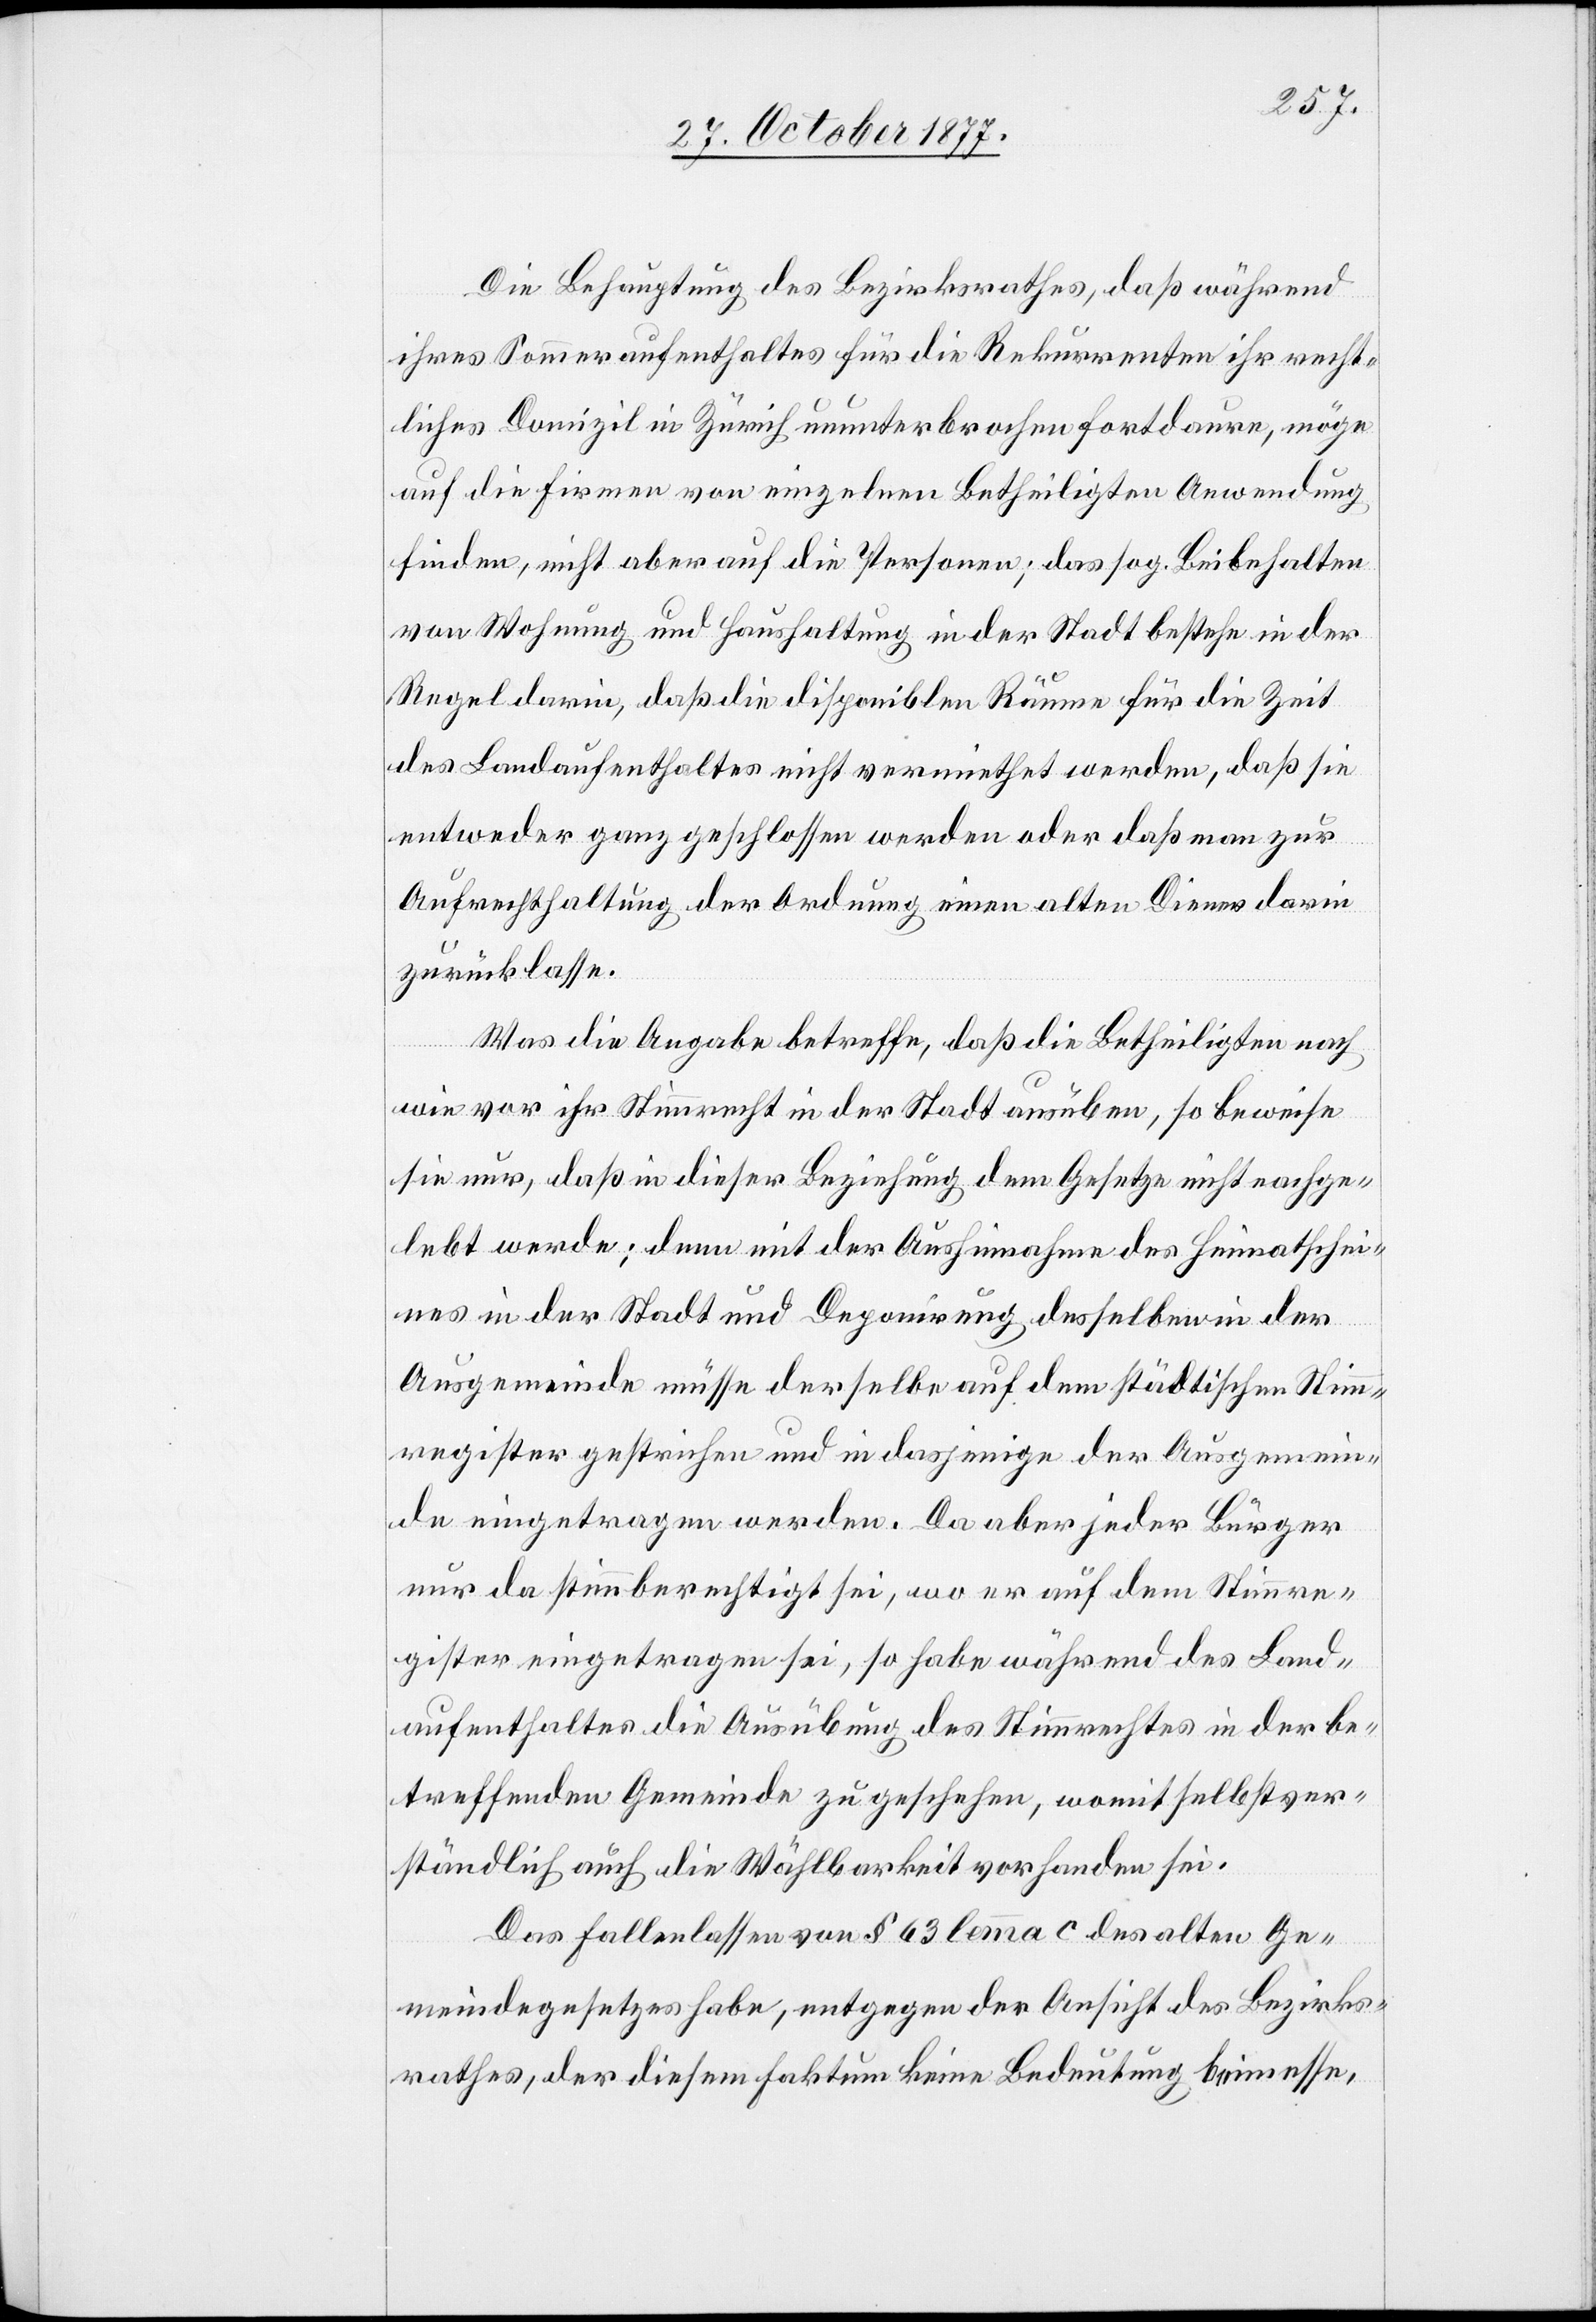
Die Behauptung des Bezirksrathes, daß während
ihres Sommeraufenthaltes für die Rekurrenten ihr recht¬
liches Domizil in Zürich ununterbrochen fortdaure, möge
auf die Firmen von einzelnen Betheiligten Anwendung
finden, nicht aber auf die Personen; das sog. Beibehalten
von Wohnung und Haushaltung in der Stadt bestehe in der
Regel darin, daß die disponiblen Räume für die Zeit
des Landaufenthaltes nicht vermiethet werden, daß sie
entweder ganz geschlossen werden oder daß man zur
Aufrechthaltung der Ordnung einen alten Diener darin
zurücklasse.
Was die Angabe betreffe, daß die Betheiligten nach
wie vor ihr Stimmrecht in der Stadt ausüben, so beweise
sie nur, daß in dieser Beziehung dem Gesetze nicht nachge¬
lebt werde; denn mit der Aushinnahme des Heimatschei¬
nes in der Stadt und Deponirung desselben in der
Ausgemeinde müsse derselbe auf dem städtischen Stim¬
mregister gestrichen und in dasjenige der Ausgemein¬
de eingetragen werden. Da aber jeder Bürger
nur da stimmberechtigt sei, wo er auf dem Stimmre¬
gister eingetragen sei, so habe während des Land¬
aufenthaltes die Ausübung des Stimmrechtes in der be¬
treffenden Gemeinde zu geschehen, womit selbstver¬
ständlich auch die Wählbarkeit vorhanden sei.
Das Fallenlassen von § 63 lemma c des alten Ge¬
meindegesetzes habe, entgegen der Ansicht des Bezirks¬
rathes, der diesem Faktum keine Bedeutung beimesse,